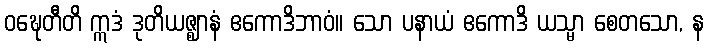
ဝဍ္ဎေတီတိ ဣဒံ ဒုတိယဇ္ဈာနံ ဧကောဒိဘာဝံ။ သော ပနာယံ ဧကောဒိ ယသ္မာ စေတသော, န